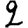
Digit: 2